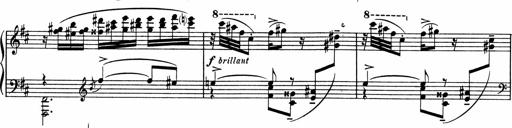
Title: Sonatine pour piano
Composer: Albert Roussel